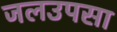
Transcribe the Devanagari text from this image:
जलउपसा